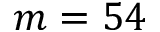
m = 5 4